Civil Veterinary Department Bengal reports 1923-33 - 1923-1933
Year: 1923
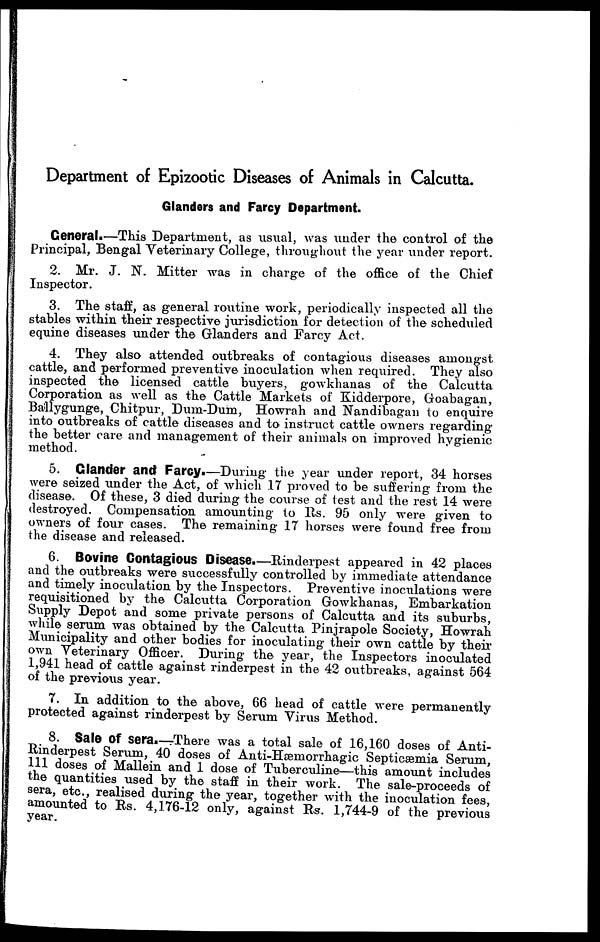
Department of Epizootic Diseases of Animals in Calcutta.
Glanders and Farcy Department.
General.—This Department, as usual, was under the control of the
Principal, Bengal Veterinary College, throughout the year under report.
2. Mr. J. N. Mitter was in charge of the office of the Chief
Inspector.
3. The staff, as general routine work, periodically inspected all the
stables within their respective jurisdiction for detection of the scheduled
equine diseases under the Glanders and Farcy Act.
4. They also attended outbreaks of contagious diseases amongst
cattle, and performed preventive inoculation when required. They also
inspected the licensed cattle buyers, gowkhanas of the Calcutta
Corporation as well as the Cattle Markets of Kidderpore, Goabagan,
Ballygunge, Chitpur, Dum-Dum, Howrah and Nandibagan to enquire
into outbreaks of cattle diseases and to instruct cattle owners regarding
the better care and management of their animals on improved hygienic
method.
5. Glander and Farcy.—During the year under report, 34 horses
were seized under the Act, of which 17 proved to be suffering from the
disease. Of these, 3 died during the course of test and the rest 14 were
destroyed. Compensation amounting to Rs. 95 only were given to
owners of four cases. The remaining 17 horses were found free from
the disease and released.
6. Bovine Contagious Disease.—Rinderpest appeared in 42 places
and the outbreaks were successfully controlled by immediate attendance
and timely inoculation by the Inspectors. Preventive inoculations were
requisitioned by the Calcutta Corporation Gowkhanas, Embarkation
Supply Depot and some private persons of Calcutta and its suburbs,
while serum was obtained by the Calcutta Pinjrapole Society, Howrah
Municipality and other bodies for inoculating their own cattle by their
own Veterinary Officer. During the year, the Inspectors inoculated
1,941 head of cattle against rinderpest in the 42 outbreaks, against 564
of the previous year.
7. In addition to the above, 66 head of cattle were permanently
protected against rinderpest by Serum Virus Method.
8. Sale Of sera.—There was a total sale of 16,160 doses of Anti-
Rinderpest Serum, 40 doses of Anti-Hæmorrhagic Septicæmia Serum,
111 doses of Mallein and 1 dose of Tuberculine—this amount includes
the quantities used by the staff in their work. The sale-proceeds of
sera, etc., realised during the year, together with the inoculation fees,
amounted to Rs. 4,176-12 only, against Rs. 1,744-9 of the previous
year.